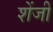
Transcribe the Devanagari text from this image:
शेंजी